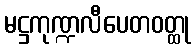
မဋ္ဌကုဏ္ဍလီပေတဝတ္ထု